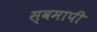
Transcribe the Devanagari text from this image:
स्वमापी